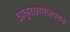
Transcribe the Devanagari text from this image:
ठाकुरधरमजयगढ